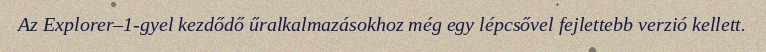
Az Explorer–1-gyel kezdődő űralkalmazásokhoz még egy lépcsővel fejlettebb verzió kellett.